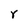
Character: r